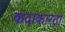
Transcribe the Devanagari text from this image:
कदाकारता